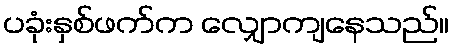
ပခုံးနှစ်ဖက်က လျှောကျနေသည်။